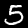
Digit: 5